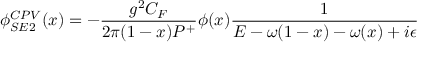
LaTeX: \phi _ { S E 2 } ^ { C P V } ( x ) = - { \frac { g ^ { 2 } C _ { F } } { 2 \pi ( 1 - x ) P ^ { + } } } \phi ( x ) { \frac { 1 } { { \cal E } - \omega ( 1 - x ) - \omega ( x ) + i \epsilon } }